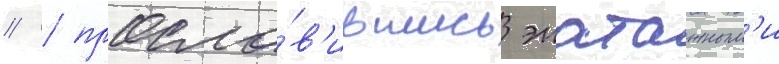
// / просла́в'ившись эпатажным'и